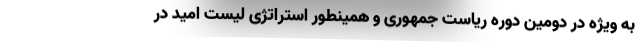
به ویژه در دومین دوره ریاست جمهوری و همینطور استراتژی لیست امید در